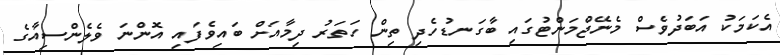
އެކަމަކު އަބަދުވެސް މެނޭޖްމަންޓުގައި ބާގަނޑުހެދި ތިން ހަތަރު ދިމާއަށް ބައިވެފައި އޮންނަ ވެލެންސިއާގެ